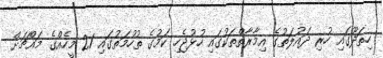
ހިތަދޫގައި ހުރި ދައުލަތުގެ އިމާރާތްތަކުގައި ހުޅުޖެހި ކަމުގެ ތުހުމަތުގައި 21 މީހެއްގެ މައްޗަށް